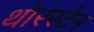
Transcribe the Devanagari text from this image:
थोरस्टेन